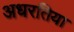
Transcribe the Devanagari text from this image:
अधरतिया